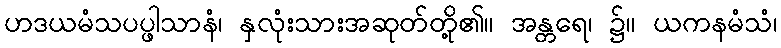
ဟဒယမံသပပ္ဖါသာနံ၊ နှလုံးသားအဆုတ်တို့၏။ အန္တရေ၊ ၌။ ယကနမံသံ၊